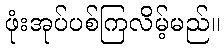
ဖုံးအုပ်ပစ်ကြလိမ့်မည်။